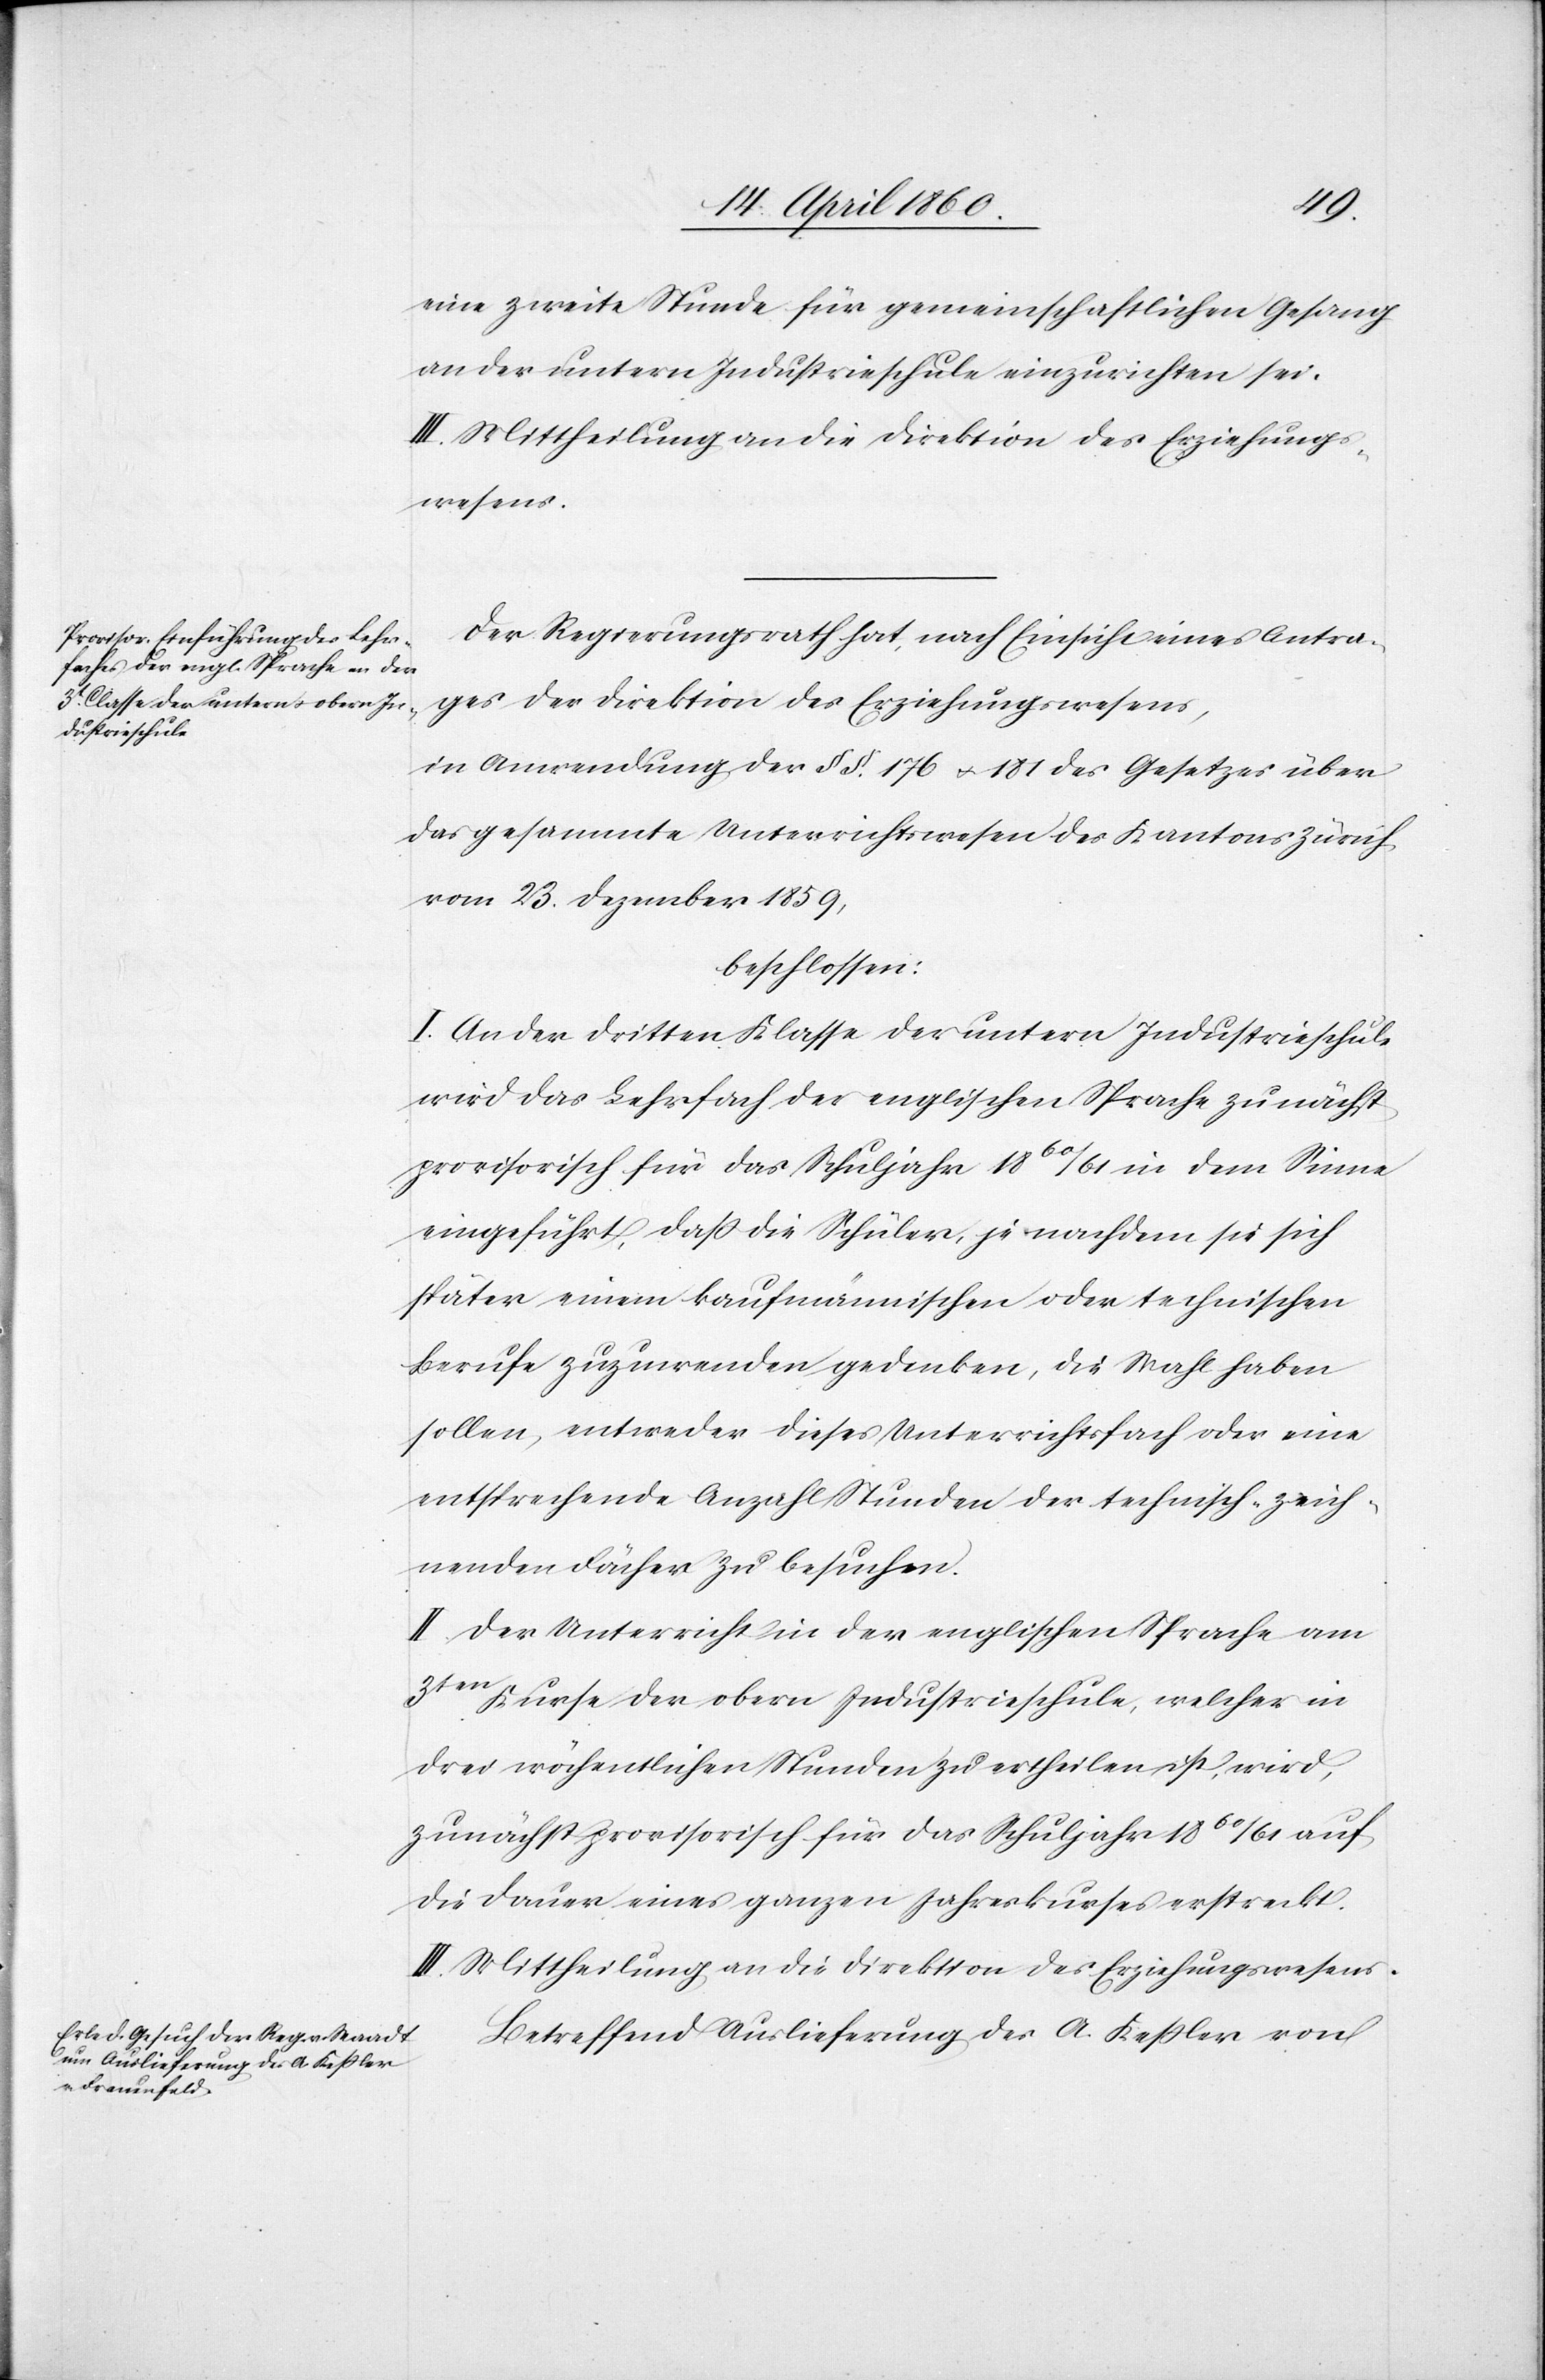
eine zweite Stunde für gemeinschaftlichen Gesang
an der untern Industrieschule einzurichten sei.
III. Mittheilung an die Direktion des Erziehungs¬
wesens.
Der Regierungsrath hat, nach Einsicht eines Antra¬
ges der Direktion des Erziehungswesens,
in Anwendung der §§. 176 u. 181 des Gesetzes über
das gesammte Unterrichtswesen des Kantons Zürich
vom 23. Dezember 1859,
beschlossen:
I. An der dritten Klasse der untern Industrieschule
wird das Lehrfach der englischen Sprache zunächst
provisorisch für das Schuljahr 1860/61 in dem Sinne
eingeführt, dass die Schüler, je nachdem sie sich
später einem kaufmännischen oder technischen
Berufe zuzuwenden gedenken, die Wahl haben
sollen, entweder dieses Unterrichtsfach oder eine
entsprechende Anzahl Stunden der technisch-zeich¬
nenden Fächer zu besuchen.
II. Der Unterricht in der englischen Sprache am
3ten Kurse der obern Industrieschule, welcher in
drei wöchentlichen Stunden zu ertheilen ist, wird,
zunächst provisorische für das Schuljahr 1860/61 auf
die Dauer eines ganzen Jahres Kurses erstreckt.
III. Mittheilung an die Direktion des Erziehungswesens.
Betreffend Auslieferung des A. Keßler von